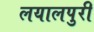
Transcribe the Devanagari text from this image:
लयालपुरी